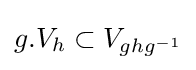
g.V_{h}\subset V_{ghg^{-1}}